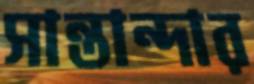
সান্তান্দার